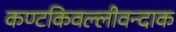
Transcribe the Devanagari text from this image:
कण्टकिवल्लीवन्दाक